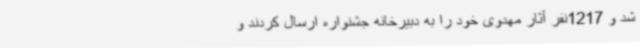
شد و 1217نفر آثار مهدوی خود را به دبیرخانه جشنواره ارسال کردند و